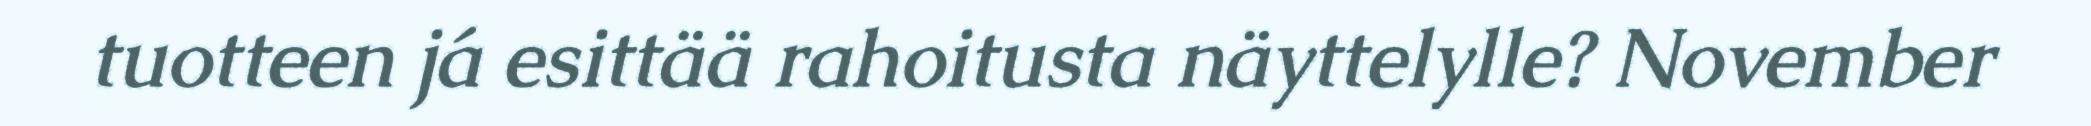
tuotteen já esittää rahoitusta näyttelylle? November